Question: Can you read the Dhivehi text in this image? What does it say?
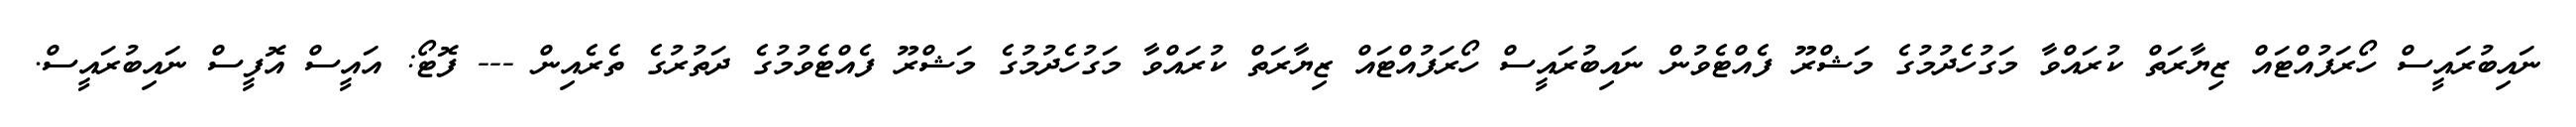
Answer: ނައިބުރައީސް ހޯރަފުއްޓައް ޒިޔާރަތް ކުރައްވާ މަގުހެދުމުގެ މަޝްރޫ ފެއްޓެވުން ނައިބުރައީސް ހޯރަފުއްޓައް ޒިޔާރަތް ކުރައްވާ މަގުހެދުމުގެ މަޝްރޫ ފެއްޓެވުމުގެ ދަތުރުގެ ތެރެއިން --- ފޮޓޯ: އައީސް އޮފީސް ނައިބުރައީސް.